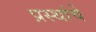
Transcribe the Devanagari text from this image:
प्रस्थांचे